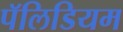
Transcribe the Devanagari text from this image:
पॅलिडियम